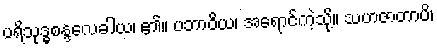
ပရိသုဒ္ဓစန္ဒလေခါယ၊ ၏။ ပဘာဝိယ၊ အရောင်ကဲ့သို့။ သဟဇာတာပိ၊